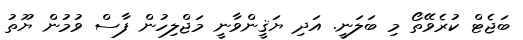
ބަޖެޓް ކުރެވޭތޯ މި ބަލަނީ. އަދި ޔަޤީންވާނީ މަޖްލިހުން ފާސް ވުމުން ޔޫތު